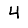
Digit: 4